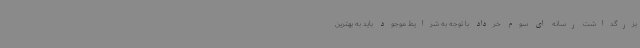
بزرگداشت رسانه ای سوم خرداد با توجه به شرایط موجود باید به بهترین